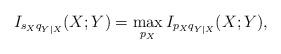
LaTeX: \begin{align*}I_{s_X q_{Y|X}}(X; Y) = \max_{p_X}I_{p_X q_{Y|X}}(X;Y), \end{align*}